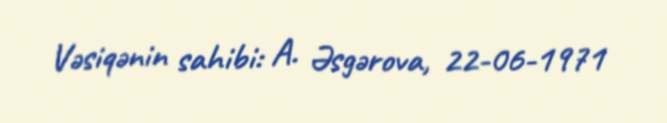
Vəsiqənin sahibi: A. Əsgərova, 22-06-1971